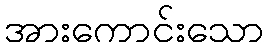
အားကောင်းသော